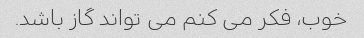
خوب، فکر می کنم می تواند گاز باشد.